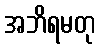
အဘိရမတု